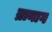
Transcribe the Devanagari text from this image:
ब्रानाग